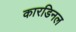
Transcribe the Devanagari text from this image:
कारडिनल